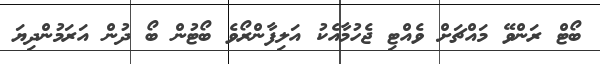
ބޯޓް ރަންވޭ މައްޗަށް ވެއްޓި ޖެހުމާއެކު އަލިފާންރޯވެ ބޯޓުން ބޯ ދުން އަރަމުންދިޔަ